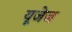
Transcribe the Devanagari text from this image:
यूजेज